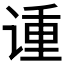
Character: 𫍳